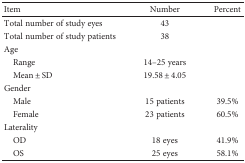
<table><thead><tr><td><b>Item</b></td><td><b>Number</b></td><td><b>Percent</b></td></tr></thead><tbody><tr><td>Total number of study eyes</td><td>43</td><td></td></tr><tr><td>Total number of study patients</td><td>38</td><td></td></tr><tr><td>Age</td><td></td><td></td></tr><tr><td> Range</td><td>14–25 years</td><td></td></tr><tr><td> Mean ± SD</td><td>19.58 ± 4.05</td><td></td></tr><tr><td>Gender</td><td></td><td></td></tr><tr><td> Male</td><td>15 patients</td><td>39.5%</td></tr><tr><td> Female</td><td>23 patients</td><td>60.5%</td></tr><tr><td>Laterality</td><td></td><td></td></tr><tr><td> OD</td><td>18 eyes</td><td>41.9%</td></tr><tr><td> OS</td><td>25 eyes</td><td>58.1%</td></tr></tbody></table>